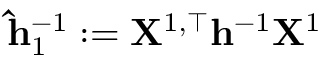
\mathbf { \widehat h } _ { 1 } ^ { - 1 } : = \mathbf { X } ^ { 1 , \top } \mathbf { h } ^ { - 1 } \mathbf { X } ^ { 1 }